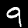
Label: 9